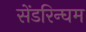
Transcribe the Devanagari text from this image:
सेंडरिन्घम